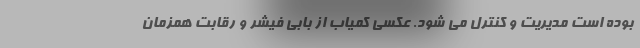
بوده است مدیریت و کنترل می شود. عکسی کمیاب از بابی فیشر و رقابت همزمان